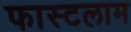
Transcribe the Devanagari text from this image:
फास्टलाम